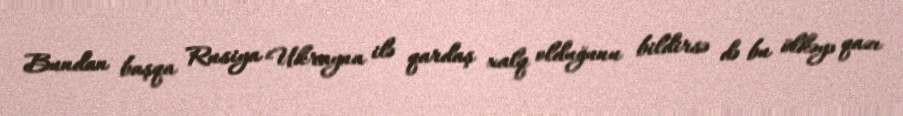
Bundan başqa Rusiya Ukrayna ilə qardaş xalq olduğunu bildirsə də bu ölkəyə qazı